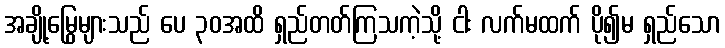
အချို့မြွေများသည် ပေ ၃၀အထိ ရှည်တတ်ကြသကဲ့သို့ ငါး လက်မထက် ပို၍မ ရှည်သော